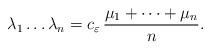
LaTeX: \begin{align*}\lambda_1\dots\lambda_n = c_{\varepsilon}\,\frac{\mu_1 + \dots + \mu_n}{n}.\end{align*}